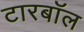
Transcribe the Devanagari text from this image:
टारबॉल